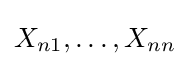
X_{n1},\ldots ,X_{nn}